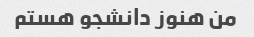
من هنوز دانشجو هستم